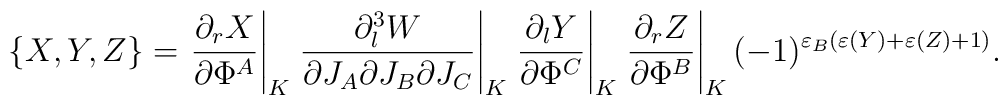
\{X,Y,Z\}=\left.{\partial_r X\over \partial\Phi^A}\right|_K\left.{\partial_l^3 W\over \partial J_A\partial J_B \partial J_C}\right|_K\left.{\partial_l Y\over \partial\Phi^C}\right|_K\left.{\partial_r Z\over \partial\Phi^B}\right|_K(-1)^{\varepsilon_B(\varepsilon(Y)+\varepsilon(Z)+1)}.